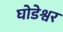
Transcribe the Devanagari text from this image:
घोडेश्वर